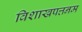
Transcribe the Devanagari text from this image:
विशाखपत्तनम